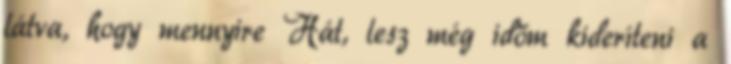
látva, hogy mennyire Hát, lesz még időm kideríteni a